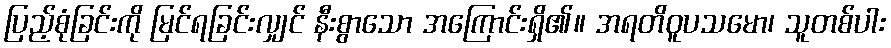
ပြည့်စုံခြင်းကို မြင်ရခြင်းလျှင် နီးစွာသော အကြောင်းရှိ၏။ အရတိဝူပသမော၊ သူတစ်ပါး